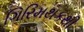
ગિરિમથકથી